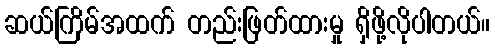
ဆယ်ကြိမ်အထက် တည်းဖြတ်ထားမှု ရှိဖို့လိုပါတယ်။